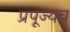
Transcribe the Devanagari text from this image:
प्रपूज्यच